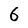
Character: 6